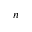
n